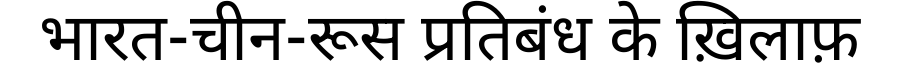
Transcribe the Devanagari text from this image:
भारत-चीन-रूस प्रतिबंध के ख़िलाफ़